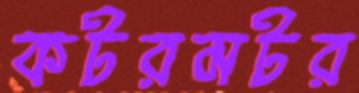
কটরমটর